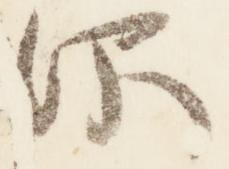
仰